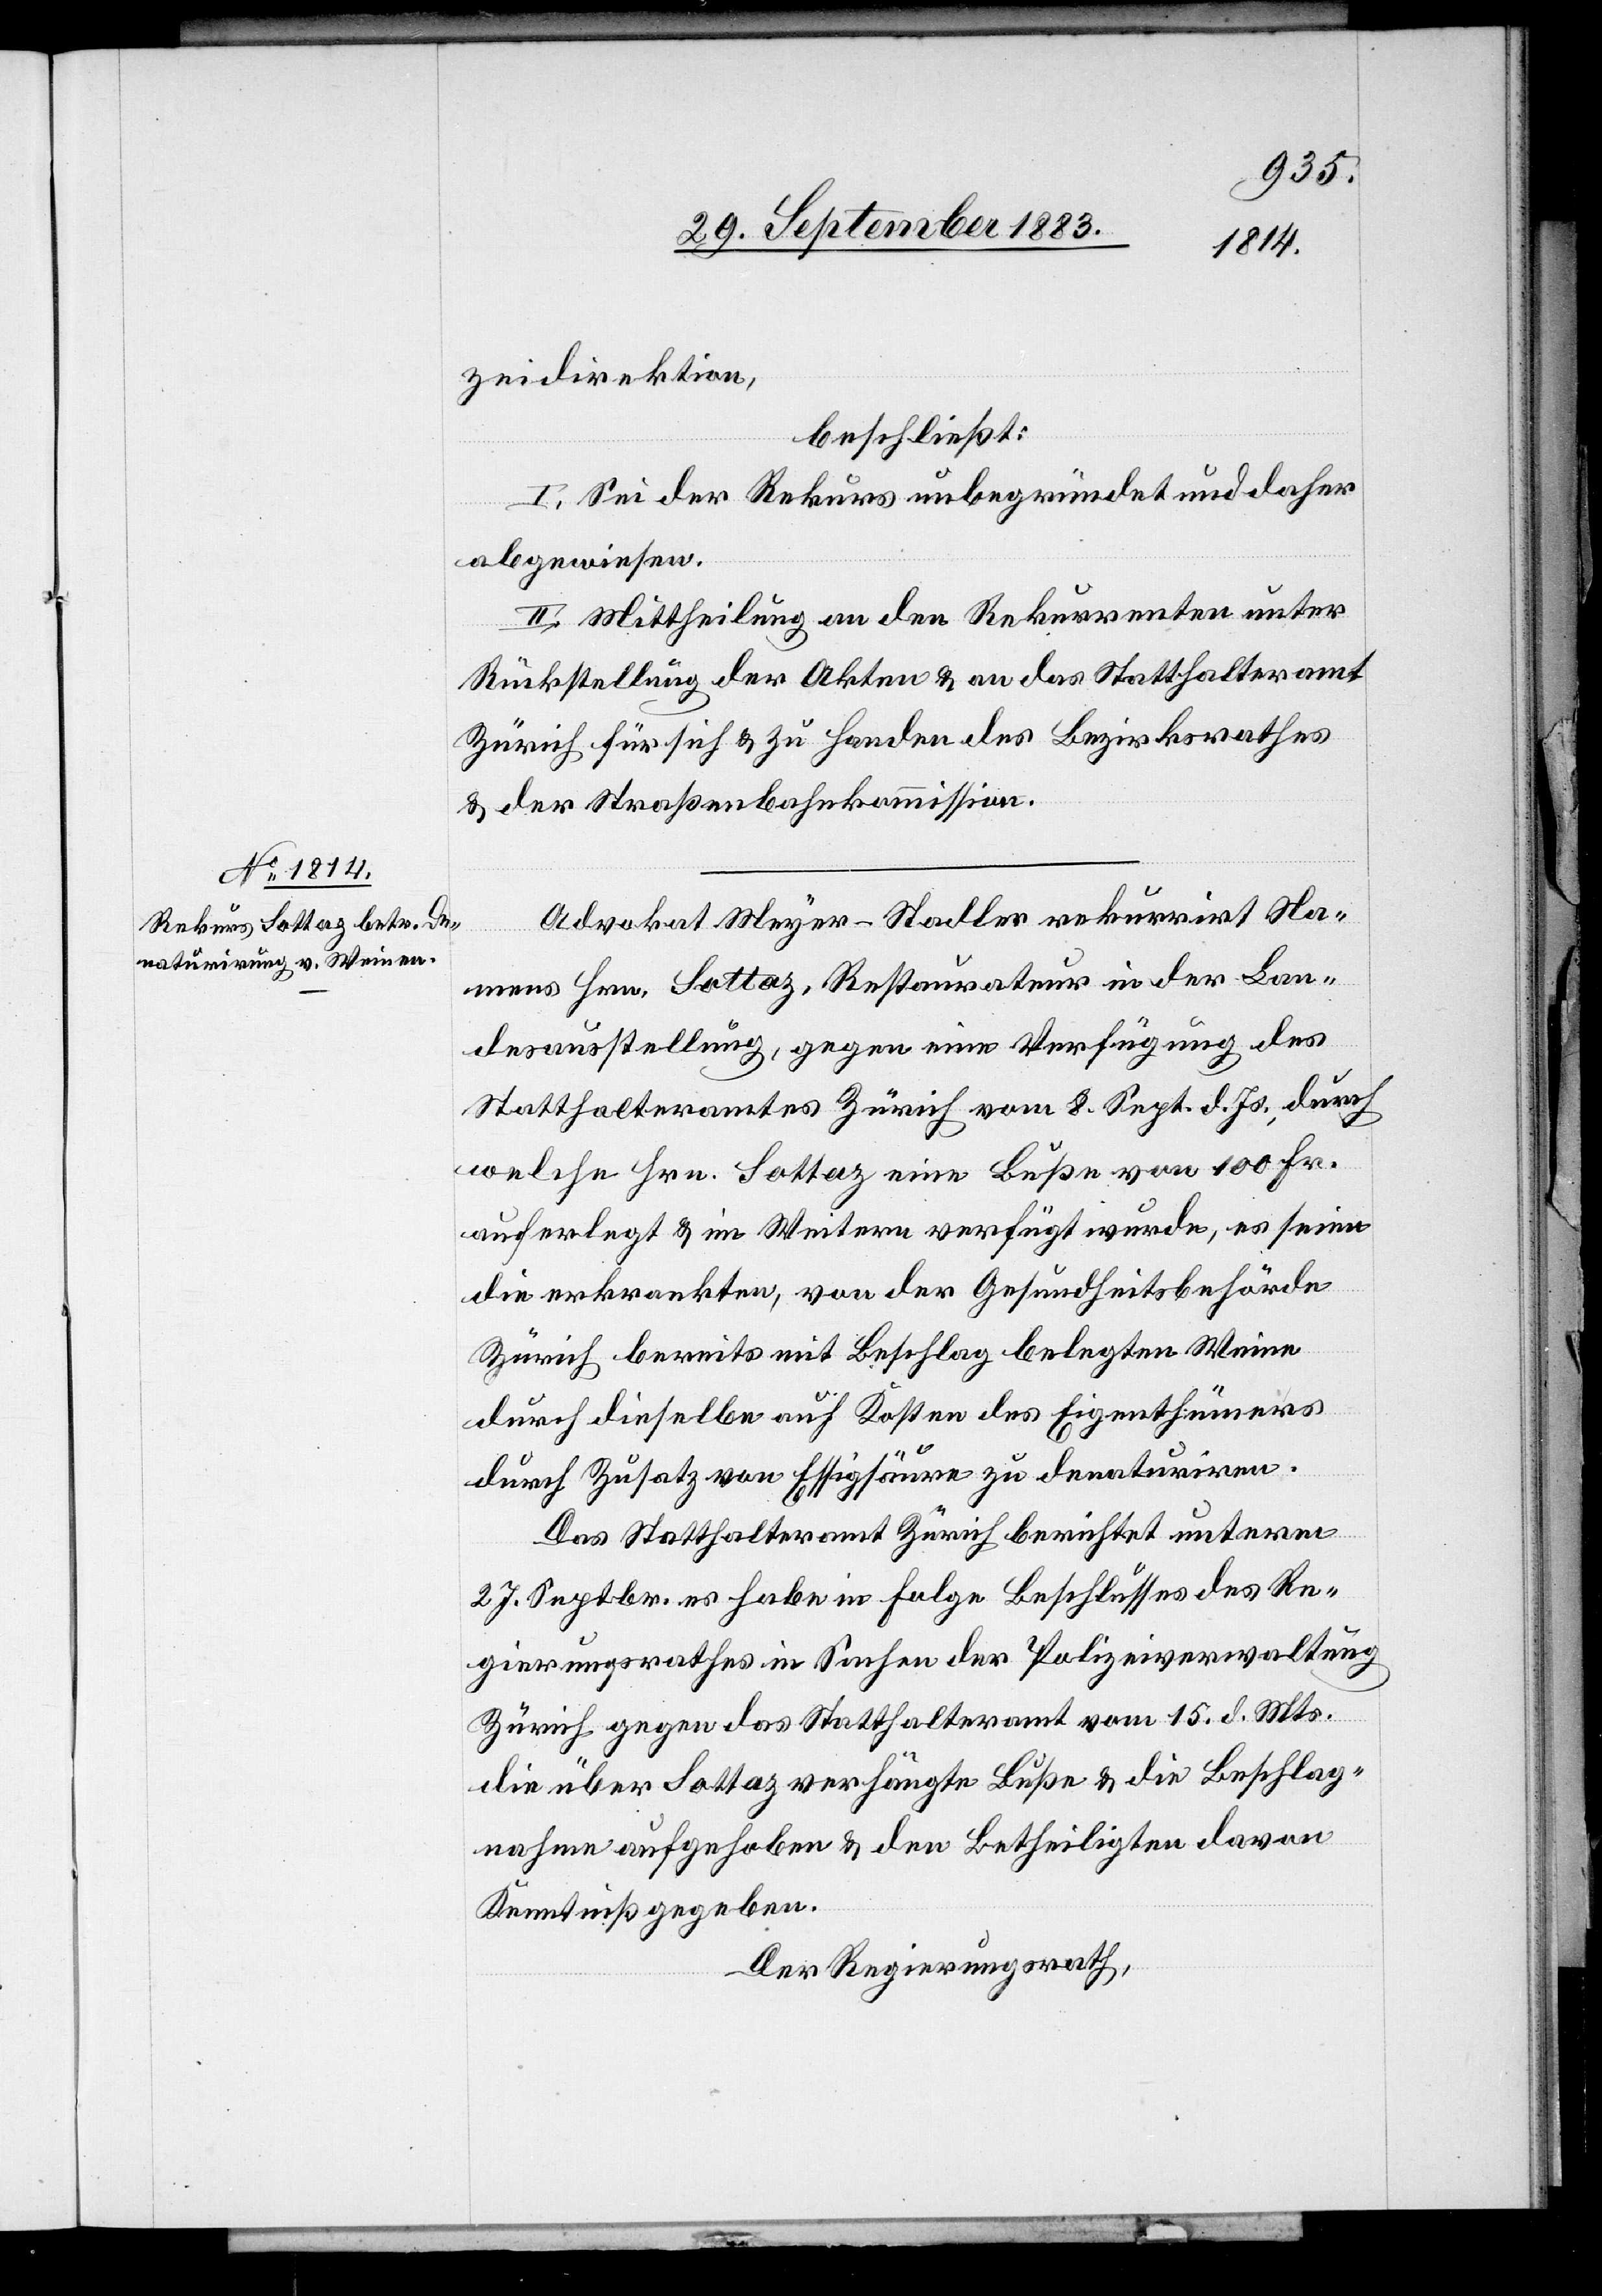
zeidirektion,
beschließt:
I. Sei der Rekurs unbegründet und daher
abgewiesen.
II. Mittheilung an den Rekurrenten unter
Rückstellung der Akten & an das Statthalteramt
Zürich für sich & zu Handen des Bezirksrathes
& der Straßenbahnkommission.
Advokat Meyer-Stadler rekurrirt Na¬
mens Hrn. Lottaz, Restaurateur in der Lan¬
desausstellung, gegen eine Verfügung des
Statthalteramtes Zürich vom 8. Sept. d. Js. durch
welche Hrn. Lottaz eine Buße von 100 Fr.
auferlegt & im Weitern verfügt wurde, es seien
die erkrankten, von der Gesundheitsbehörde
Zürich bereits mit Beschlag belegten Weine
durch dieselbe auf Kosten des Eigenthümers
durch Zusatz von Essigsäure zu denaturiren.
Das Statthalteramt Zürich berichtet unterm
27. Septbr. es habe in Folge Beschlusses des Re¬
gierungsrathes in Sachen der Polizeiverwaltung
Zürich gegen das Statthalteramt vom 15. d. Mts.
die über Lottaz verhängte Buße & die Beschlag¬
nahme aufgehoben & den Betheiligten davon
Kenntniß gegeben.
Der Regierungsrath,